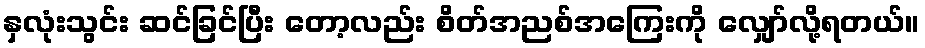
နှလုံးသွင်း ဆင်ခြင်ပြီး တော့လည်း စိတ်အညစ်အကြေးကို လျှော်လို့ရတယ်။